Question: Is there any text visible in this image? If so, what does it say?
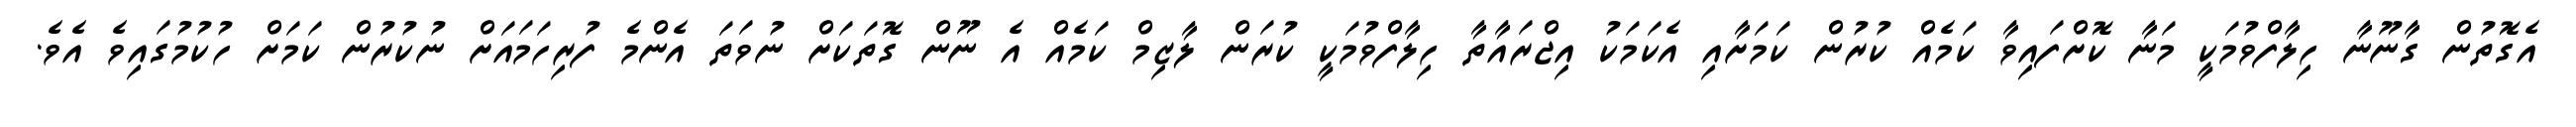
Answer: އެގޮތުން ގާނޫނާ ހިލާފްވުމަކީ މަނާ ކޮށްފައިވާ ކަމެއް ކުރުން ކަމަށާއި އެކަމަކު އިޖްރައާތާ ހިލާފްވުމަކީ ކުރަން ލާޒިމް ކަމެއް އެ ނޫން ގޮތަކަށް ނުވަތަ އެންމެ ފުރިހަމައަށް ނުކުރުން ކަމަށް ހުކުމުގައިވެ އެވެ.